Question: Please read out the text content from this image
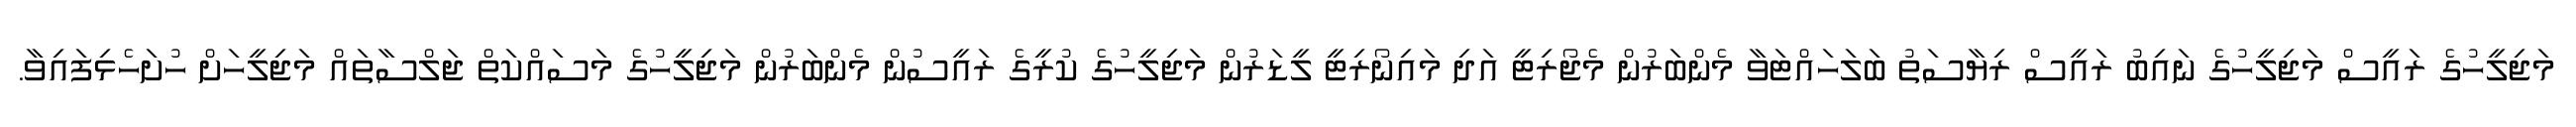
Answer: މަޖިލީހުގެ ރައީސް މަޖިލީހުގެ ނައިބު ރައީސް ރިޔާސަތު ބަލަހައްޓަވާ މެންބަރުން މެޖޯރިޓީ އަދި މައިނޯރިޓީ ލީޑަރުން މަޖިލީހުގެ ކުރީގެ ރައީސުން މެންބަރުން މަޖިލީހުގެ މަސައްކަތް ޖަލްސާތައް މަޖިލީހަށް ހުށަހެޅިފައިވާ.